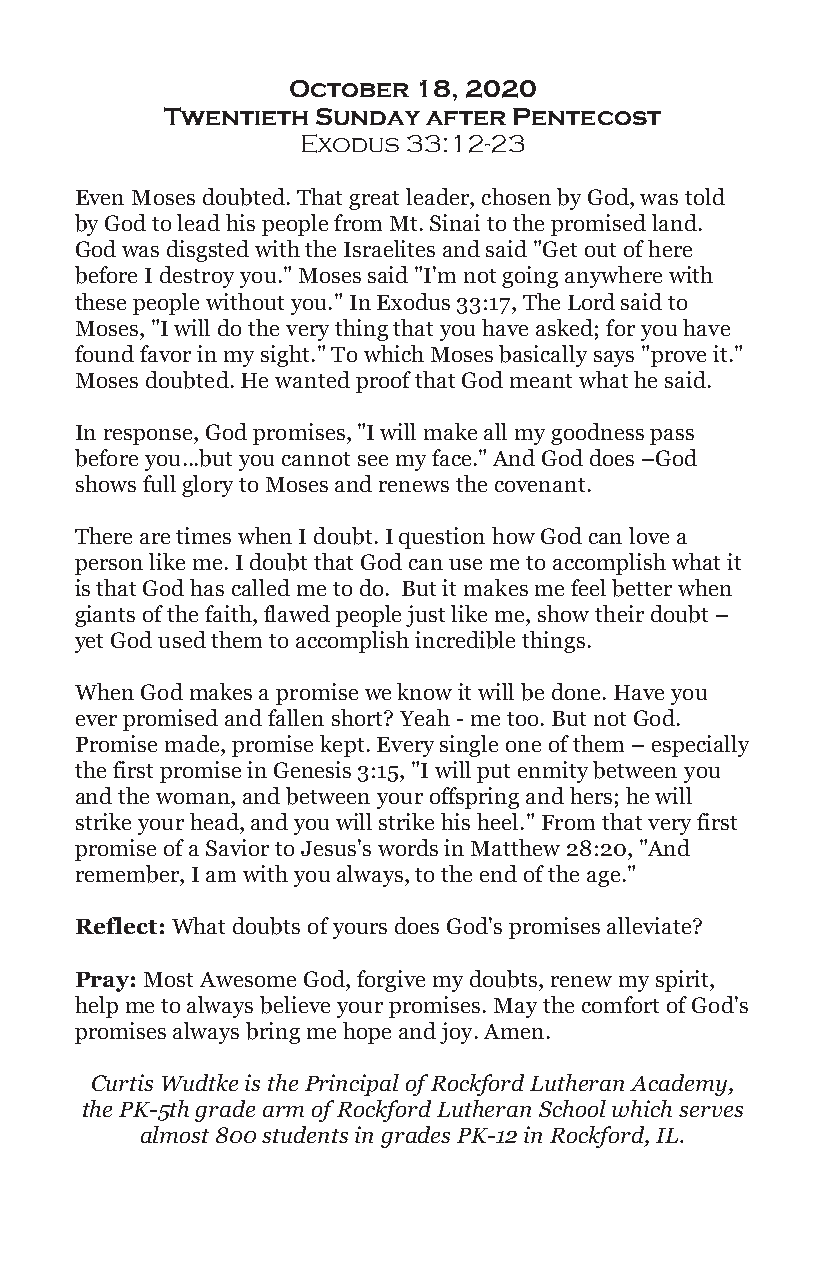
October  18, 2020
 Twentieth Sunday after Pentecost
 Exodus 33:12-23
 Even Moses doubted. That great leader, chosen by God, was told
 by God to lead his people from Mt. Sinai to the promised land.
 God was disgsted with the Israelites and said "Get out of here
 before I destroy you." Moses said "I'm not going anywhere with
 these people without you." In Exodus 33:17, The Lord said to
 Moses, "I will do the very thing that you have asked; for you have
 found favor in my sight." To which Moses basically says "prove it."
 Moses doubted. He wanted proof that God meant what he said.
 In response, God promises, "I will make all my goodness pass
 before you...but you cannot see my face." And God does –God
 shows full glory to Moses and renews the covenant.
 There are times when I doubt. I question how God can love a
 person like me. I doubt that God can use me to accomplish what it
 is that God has called me to do. But it makes me feel better when
 giants of the faith, flawed people just like me, show their doubt –
 yet God used them to accomplish incredible things.
 When God makes a promise we know it will be done. Have you
 ever promised and fallen short? Yeah - me too. But not God.
 Promise made, promise kept. Every single one of them – especially
 the first promise in Genesis 3:15, "I will put enmity between you
 and the woman, and between your offspring and hers; he will
 strike your head, and you will strike his heel." From that very first
 promise of a Savior to Jesus's words in Matthew 28:20, "And
 remember, I am with you always, to the end of the age."
 Reflect: What doubts of yours does God's promises alleviate?
 Pray: Most Awesome God, forgive my doubts, renew my spirit,
 help me to always believe your promises. May the comfort of God's
 promises always bring me hope and joy. Amen.
 Curtis Wudtke is the Principal of Rockford Lutheran Academy,
 the PK-5th grade arm of Rockford Lutheran School which serves
 almost 800 students in grades PK-12 in Rockford, IL.